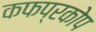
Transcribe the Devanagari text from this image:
कफप्रकोप